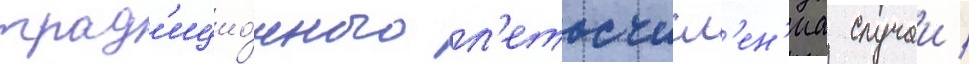
трад'ицио́нного л'етосчисл'ен'иа случаи /